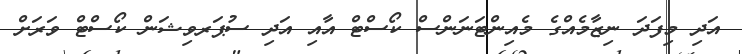
އަދި މިފަދަ ނިޒާމެއްގެ މެއިންޓަނަންސް ކޯސްޓް އާއި އަދި ސުޕަރވިޝަން ކޯސްޓް ވަރަށް